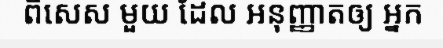
ពិសេស មួយ ដែល អនុញ្ញាតឲ្យ អ្នក